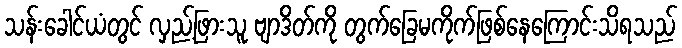
သန်းခေါင်ယံတွင် လှည့်ဖြားသူ ဗျာဒိတ်ကို တွက်ခြေမကိုက်ဖြစ်နေကြောင်းသိရသည်